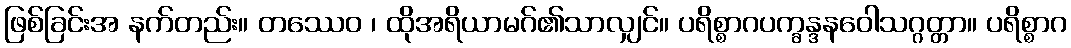
ဖြစ်ခြင်းအ နက်တည်း။ တဿေဝ ၊ ထိုအရိယာမဂ်၏သာလျှင်။ ပရိစ္စာဂပက္ခန္ဒနဝေါသဂ္ဂတ္တာ။ ပရိစ္စာဂ